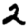
Digit: 2